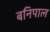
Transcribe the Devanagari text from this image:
बनिपाल